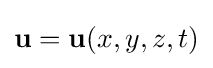
\mathbf {u} =\mathbf {u} (x,y,z,t)